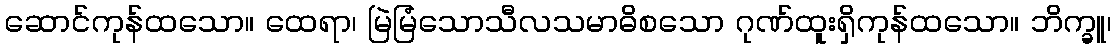
ဆောင်ကုန်ထသော။ ထေရာ၊ မြဲမြံသောသီလသမာဓိစသော ဂုဏ်ထူးရှိကုန်ထသော။ ဘိက္ခူ၊